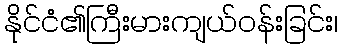
နိုင်ငံ၏ကြီးမားကျယ်ဝန်းခြင်း၊